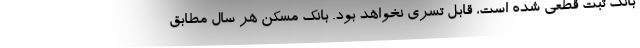
بانک ثبت قطعی شده است، قابل تسری نخواهد بود. بانک مسکن هر سال مطابق